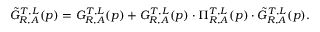
\tilde { G } _ { R , A } ^ { T , L } ( p ) = G _ { R , A } ^ { T , L } ( p ) + G _ { R , A } ^ { T , L } ( p ) \cdot \Pi _ { R , A } ^ { T , L } ( p ) \cdot \tilde { G } _ { R , A } ^ { T , L } ( p ) .